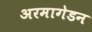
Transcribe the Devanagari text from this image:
अरमागेडन